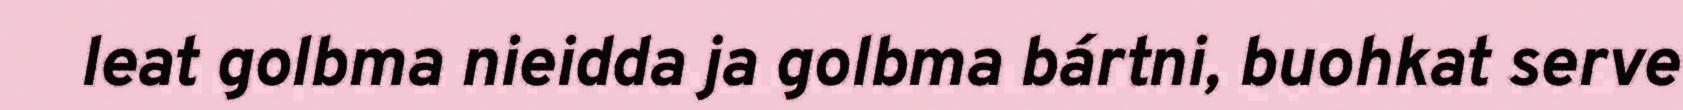
leat golbma nieidda ja golbma bártni, buohkat serve